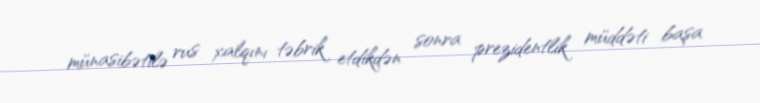
münasibətilə rus xalqını təbrik etdikdən sonra prezidentlik müddəti başa